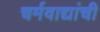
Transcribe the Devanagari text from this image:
चर्मवाद्यांची